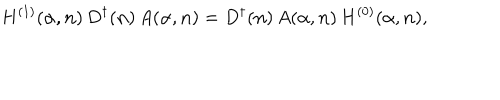
H ^ { ( 1 ) } ( { \alpha } , { \bf n } ) \, D ^ { \dagger } ( { \bf n } ) \, A ( { \alpha } , { \bf n } ) = D ^ { \dagger } ( { \bf n } ) \, A ( { \alpha } , { \bf n } ) \, H ^ { ( 0 ) } ( { \alpha } , { \bf n } ) ,